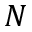
N